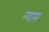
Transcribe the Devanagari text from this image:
ग्वाम